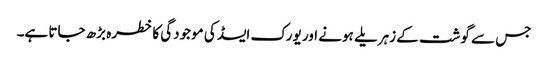
جس سے گوشت کے زہریلے ہونے اور یورک ایسڈ کی موجودگی کا خطرہ بڑھ جاتا ہے۔